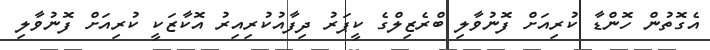
އެގޮތުން ހޮންޑާ ކުރިއަށް ފޮނުވާލި ބްރެޒިލްގެ ކީޕަރު ދިފާއުކުރިއިރު އޮކާޒަކީ ކުރިއަށް ފޮނުވާލި